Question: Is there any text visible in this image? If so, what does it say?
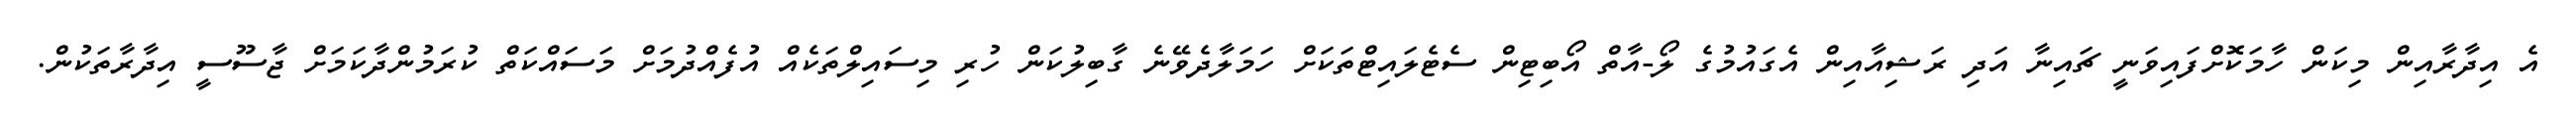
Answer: އެ އިދާރާއިން މިކަން ހާމަކޮށްފައިވަނީ ޗައިނާ އަދި ރަޝިއާއިން އެގައުމުގެ ލޯ-އާތް އޯބިޓިން ސެޓެލައިޓްތަކަށް ހަމަލާދެވޭނެ ގާބިލުކަން ހުރި މިސައިލްތަކެއް އުފެއްދުމަށް މަސައްކަތް ކުރަމުންދާކަމަށް ޖާސޫސީ އިދާރާތަކުން.